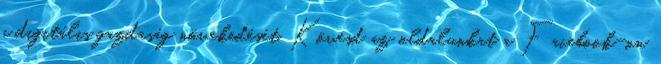
a digitális gazdaság növekedését. Kövesd az oldalunkat a Facebook-on